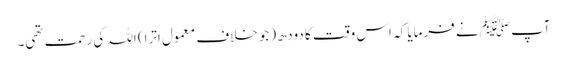
آپﷺ نے فرمایا کہ اس وقت کا دودھ (جو خلافِ معمول اترا) اللہ کی رحمت تھی۔